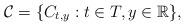
LaTeX: \begin{align*}\mathcal{C}=\{C_{t,y}: t \in T, y \in \mathbb{R}\},\end{align*}